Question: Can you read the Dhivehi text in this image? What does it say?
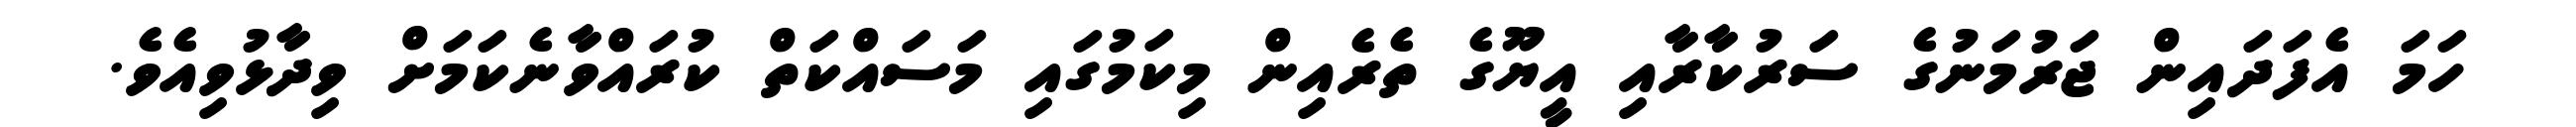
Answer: ހަމަ އެފަދައިން ޖަރުމަނުގެ ސަރުކާރާއި އީޔޫގެ ތެރެއިން މިކަމުގައި މަސައްކަތް ކުރައްވާނެކަމަށް ވިދާޅުވިއެވެ.